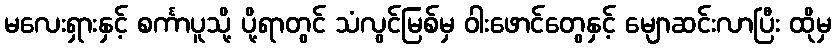
မလေးရှားနှင့် စင်္ကာပူသို့ ပို့ရာတွင် သံလွင်မြစ်မှ ဝါးဖောင်တွေနှင့် မျောဆင်းလာပြီး ထိုမှ